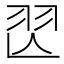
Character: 𦏶